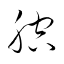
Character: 腔